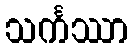
သင်္ကဿာ